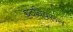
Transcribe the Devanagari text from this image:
पदविवरून